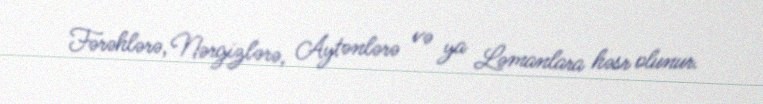
Fərəhlərə, Nərgizlərə, Aytənlərə və ya Ləmanlara həsr olunur.